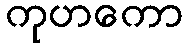
ကုဟကော